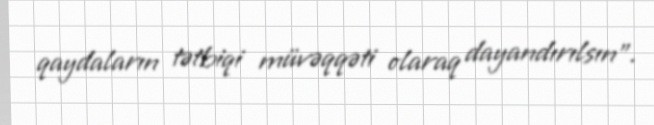
qaydaların tətbiqi müvəqqəti olaraq dayandırılsın".